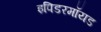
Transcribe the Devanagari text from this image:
इपिडरमॉयड